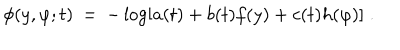
\phi ( y , \varphi ; t ) \: = \: - \log [ a ( t ) + b ( t ) f ( y ) + c ( t ) h ( \varphi ) ] \; .